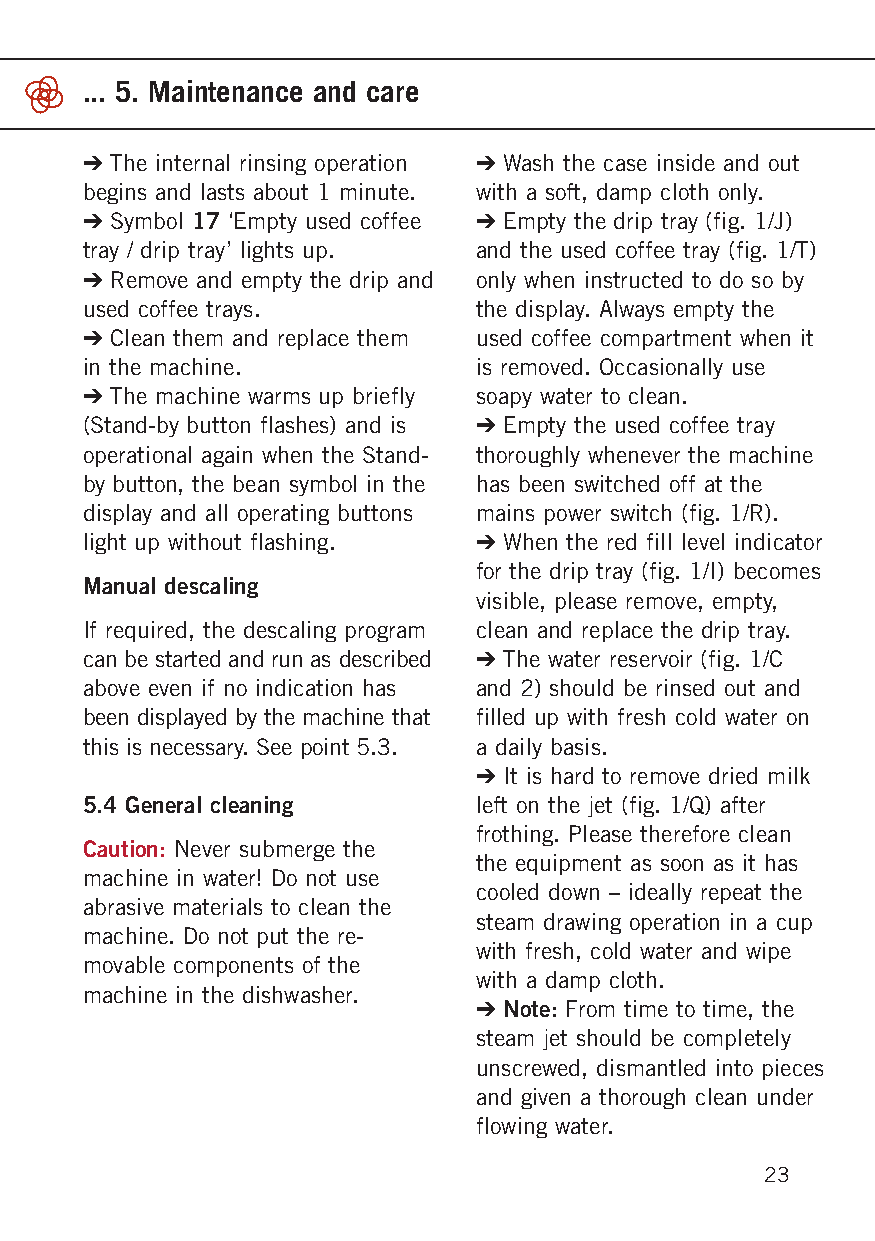
... 5. Maintenance and care
 ➔ The internal rinsing operation ➔ Wash the case inside and out
 begins and lasts about 1 minute. with a soft, damp cloth only.
 ➔ Symbol 17 ‘Empty used coffee ➔ Empty the drip tray (fig. 1/J)
 tray / drip tray’ lights up. and the used coffee tray (fig. 1/T)
 ➔ Remove and empty the drip and only when instructed to do so by
 used coffee trays.        the display. Always empty the
 ➔ Clean them and replace them used coffee compartment when it
 in the machine.           is removed. Occasionally use
 ➔ The machine warms up briefly soapy water to clean.
 (Stand-by button flashes) and is ➔ Empty the used coffee tray
 operational again when the Stand- thoroughly whenever the machine
 by button, the bean symbol in the has been switched off at the
 display and all operating buttons mains power switch (fig. 1/R).
 light up without flashing. ➔ When the red fill level indicator
 for the drip tray (fig. 1/I) becomes
 Manual descaling
 visible, please remove, empty,
 If required, the descaling program clean and replace the drip tray.
 can be started and run as described ➔ The water reservoir (fig. 1/C
 above even if no indication has and 2) should be rinsed out and
 been displayed by the machine that filled up with fresh cold water on
 this is necessary. See point 5.3. a daily basis.
 ➔ It is hard to remove dried milk
 5.4 General cleaning      left on the jet (fig. 1/Q) after
 frothing. Please therefore clean
 Caution: Never submerge the
 the equipment as soon as it has
 machine in water! Do not use
 cooled down – ideally repeat the
 abrasive materials to clean the
 steam drawing operation in a cup
 machine. Do not put the re -
 with fresh, cold water and wipe
 movable components of the
 with a damp cloth.
 machine in the dishwasher.
 ➔ Note: From time to time, the
 steam jet should be completely
 unscrewed, dismantled into pieces
 and given a thorough clean under
 flowing water.
 23